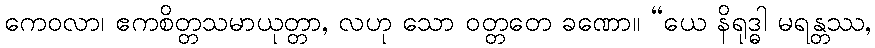
ကေဝလာ၊ ဧကစိတ္တသမာယုတ္တာ, လဟု သော ဝတ္တတေ ခဏော။ “ယေ နိရုဒ္ဓါ မရန္တဿ,